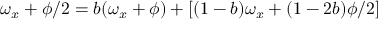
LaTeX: \omega _ { x } + \phi / 2 = b ( \omega _ { x } + \phi ) + [ ( 1 - b ) \omega _ { x } + ( 1 - 2 b ) \phi / 2 ]